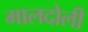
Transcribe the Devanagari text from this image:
मालदोली